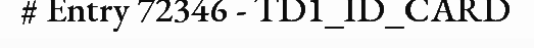
# Entry 72346 - TD1_ID_CARD